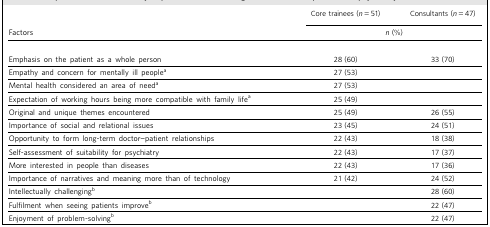
<table><thead><tr><td></td><td><b>Core trainees (<i>n</i> = 51)</b></td><td><b>Consultants (<i>n</i> = 47)</b></td></tr><tr><td><b>Factors</b></td><td colspan="2"><b><i>n</i> (%)</b></td></tr></thead><tbody><tr><td>Emphasis on the patient as a whole person</td><td>28 (60)</td><td>33 (70)</td></tr><tr><td>Empathy and concern for mentally ill people<sup>a</sup></td><td>27 (53)</td><td></td></tr><tr><td>Mental health considered an area of need<sup>a</sup></td><td>27 (53)</td><td></td></tr><tr><td>Expectation of working hours being more compatible with family life<sup>a</sup></td><td>25 (49)</td><td></td></tr><tr><td>Original and unique themes encountered</td><td>25 (49)</td><td>26 (55)</td></tr><tr><td>Importance of social and relational issues</td><td>23 (45)</td><td>24 (51)</td></tr><tr><td>Opportunity to form long-term doctor-patient relationships</td><td>22 (43)</td><td>18 (38)</td></tr><tr><td>Self-assessment of suitability for psychiatry</td><td>22 (43)</td><td>17 (37)</td></tr><tr><td>More interested in people than diseases</td><td>22 (43)</td><td>17 (36)</td></tr><tr><td>Importance of narratives and meaning more than of technology</td><td>21 (42)</td><td>24 (52)</td></tr><tr><td>Intellectually challenging<sup>b</sup></td><td></td><td>28 (60)</td></tr><tr><td>Fulfilment when seeing patients improve<sup>b</sup></td><td></td><td>22 (47)</td></tr><tr><td>Enjoyment of problem-solving<sup>b</sup></td><td></td><td>22 (47)</td></tr></tbody></table>